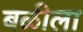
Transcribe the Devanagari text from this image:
बळीला